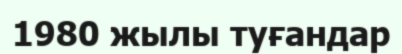
1980 жылы туғандар